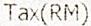
TAX(RM)